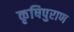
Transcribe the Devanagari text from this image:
कृषिपुराण